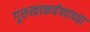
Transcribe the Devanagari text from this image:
गुरुत्त्वाकर्षणाच्या